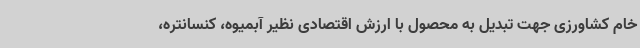
خام کشاورزی جهت تبدیل به محصول با ارزش اقتصادی نظیر آبمیوه، کنسانتره،